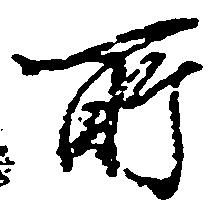
所